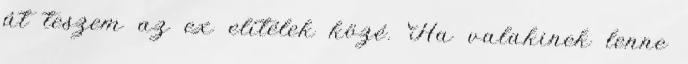
át teszem az ex elítélek közé. Ha valakinek lenne